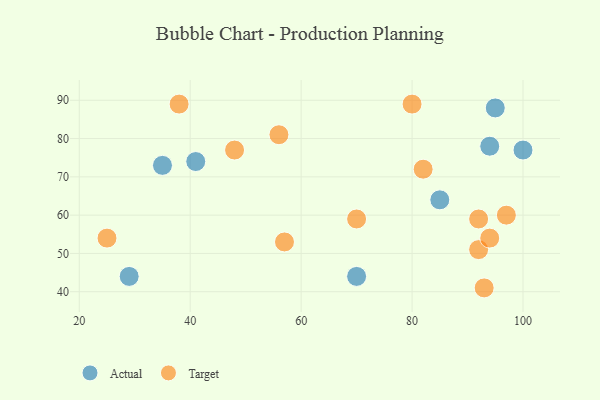
{"axis": {"x": "GDP", "y": "Life Expectancy"}, "legend": ["Actual", "Target"], "data": [{"x": "94", "y": 78, "type": "Actual"}, {"x": "41", "y": 74, "type": "Actual"}, {"x": "100", "y": 77, "type": "Actual"}, {"x": "95", "y": 88, "type": "Actual"}, {"x": "70", "y": 44, "type": "Actual"}, {"x": "85", "y": 64, "type": "Actual"}, {"x": "29", "y": 44, "type": "Actual"}, {"x": "35", "y": 73, "type": "Actual"}, {"x": "92", "y": 59, "type": "Target"}, {"x": "97", "y": 60, "type": "Target"}, {"x": "25", "y": 54, "type": "Target"}, {"x": "57", "y": 53, "type": "Target"}, {"x": "48", "y": 77, "type": "Target"}, {"x": "82", "y": 72, "type": "Target"}, {"x": "80", "y": 89, "type": "Target"}, {"x": "93", "y": 41, "type": "Target"}, {"x": "38", "y": 89, "type": "Target"}, {"x": "92", "y": 51, "type": "Target"}, {"x": "56", "y": 81, "type": "Target"}, {"x": "94", "y": 54, "type": "Target"}, {"x": "70", "y": 59, "type": "Target"}]}